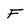
Character: F